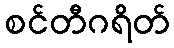
စင်တီဂရိတ်